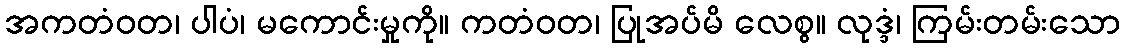
အကတံဝတ၊ ပါပံ၊ မကောင်းမှုကို။ ကတံဝတ၊ ပြုအပ်မိ လေစွ။ လုဒ္ဒံ၊ ကြမ်းတမ်းသော